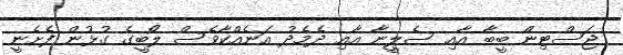
ޖަސްޓިން ބީބާ އާއި ސެލީނާ އާއި ދެމެދު އަނެއްކާވެސް ލޯބީގެ ގުޅުން ފެށެނީ